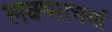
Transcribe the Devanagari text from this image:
लक्ष्माचर्या